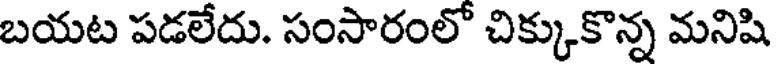
బయట పడలేదు. సంసారంలో చిక్కుకొన్న మనిషి